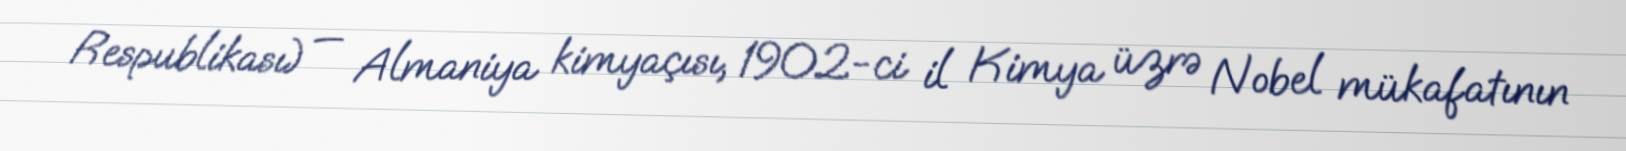
Respublikası) — Almaniya kimyaçısı, 1902-ci il Kimya üzrə Nobel mükafatının